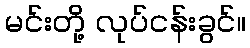
မင်းတို့ လုပ်ငန်းခွင်။